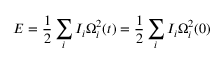
E = \frac 1 2 \sum _ { i } I _ { i } \Omega _ { i } ^ { 2 } ( t ) = \frac 1 2 \sum _ { i } I _ { i } \Omega _ { i } ^ { 2 } ( 0 )